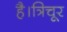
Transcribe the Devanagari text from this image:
है।त्रिचूर